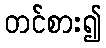
တင်စား၍